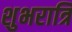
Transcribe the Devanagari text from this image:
शुभरात्रि